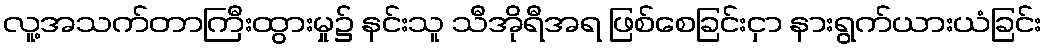
လူ့အသက်တာကြီးထွားမှု၌ နင်းသူ သီအိုရီအရ ဖြစ်စေခြင်းငှာ နားရွက်ယားယံခြင်း